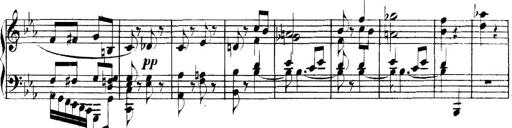
Title: Collected Piano Sonatas
Composer: Muzio Clementi